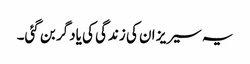
یہ سیریز ان کی زندگی کی یادگر بن گئی۔